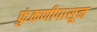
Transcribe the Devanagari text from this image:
फुंकणीपासून